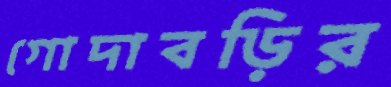
গোদাবড়ির